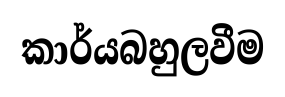
කාර්යබහුලවීම